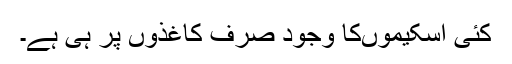
کئی اسکیموںکا وجود صرف کاغذوں پر ہی ہے۔